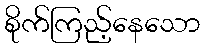
စိုက်ကြည့်နေသော